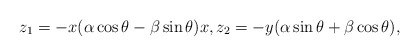
\begin{align*}z_1=-x(\alpha \cos \theta-\beta \sin \theta)x,z_2=-y(\alpha\sin \theta+\beta \cos \theta),\end{align*}